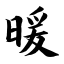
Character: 暖